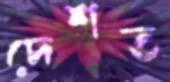
দেশত